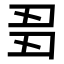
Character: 𬻘